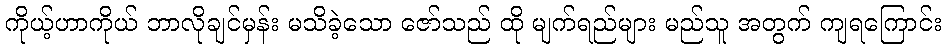
ကိုယ့်ဟာကိုယ် ဘာလိုချင်မှန်း မသိခဲ့သော ဇော်သည် ထို မျက်ရည်များ မည်သူ အတွက် ကျရကြောင်း